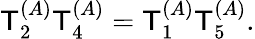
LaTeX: \mathsf{T}_{2}^{(A)}\mathsf{T}_{4}^{(A)}=\mathsf{T}_{1}^{(A)}\mathsf{T}_{5}^{(A)}.